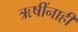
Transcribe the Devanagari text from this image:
ऋषींनाही